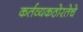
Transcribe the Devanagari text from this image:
कर्तव्यकठोरतेचे